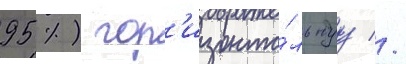
95 %) гор'изонта́льнуу //